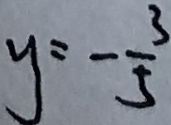
y = - \frac { 3 } { 5 }